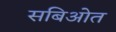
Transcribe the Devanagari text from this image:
सबिओत